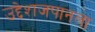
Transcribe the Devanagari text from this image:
उद्देशजपानला